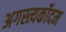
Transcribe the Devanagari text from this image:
अगस्त्यर्कोदम